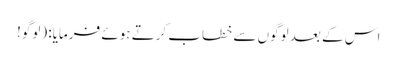
اس کے بعد لوگوں سے خطاب کرتے ہوئے فرمایا: (لوگو!